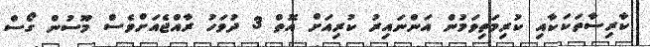
ކާރިސާތަކަކާއި ކުރިމަތިވަމުން އަންނައިރު ކުރިއަށް އޮތް 3 ދުވަހު ރާއްޖެއަށްވެސް މޫސުން ގޯސް